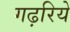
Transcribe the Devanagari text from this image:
गढ़रिये